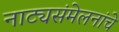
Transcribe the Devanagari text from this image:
नाट्यसंमेलनांचे